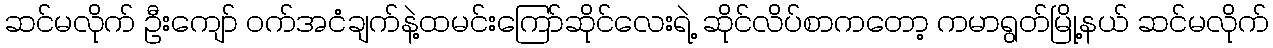
ဆင်မလိုက် ဦးကျော် ဝက်အငံချက်နဲ့ထမင်းကြော်ဆိုင်လေးရဲ့ ဆိုင်လိပ်စာကတော့ ကမာရွတ်မြို့နယ် ဆင်မလိုက်